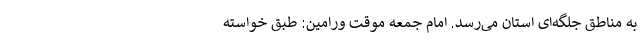
به مناطق جلگه‌ای استان می‌رسد. امام جمعه موقت ورامین: طبق خواسته